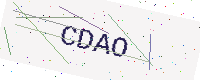
Text: CDAO